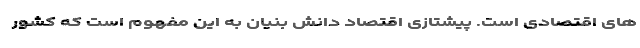
های اقتصادی است. پیشتازی اقتصاد دانش­ بنیان به این مفهوم است که کشور